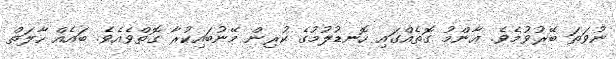
ނުވަތަ ބޭރުވުމެވެ. ޢާންމު ގޮތެއްގައި ހޮނޑުލުމުގެ ކުރިން މޭނުބައިކުރާ ގޮތްވެއެވެ. ބައެއް ހާލަތް